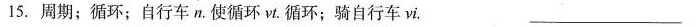
15.周期；循环；自行车n.使循环vt.循环；骑自行车vi. ___